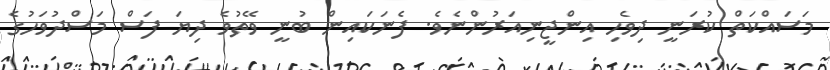
މަސައްކަތް ކުރަނީ ދިވެހި އިންޖީނިއަރުންނެވެ. ފެނަކައިން ބުނީ ވޭތުވެ ދިޔަ ފަސް މަސްދުވަހުގެ